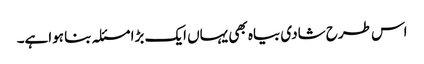
اس طرح شادی بیاہ بھی یہاں ایک بڑا مسئلہ بنا ہواہے۔